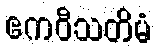
ဧကဝီသတိမံ